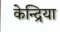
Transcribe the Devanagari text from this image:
केन्द्रिया